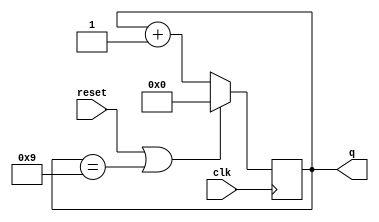
module top_module (
    input clk,
    input reset,        // Synchronous active-high reset
    output reg [3:0] q);
    always @(posedge clk)
        if(reset | q==9)
            q<=0;
    else q<=q+1;
    
endmodule